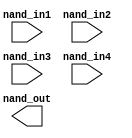
// SPDX-License-Identifier: Apache-2.0
// Copyright (C) 2019 Intel Corporation. 
//****************************************************************************************
// (C) 2011 Altera Corporation. .
//
//****************************************************************************************

//------------------------------------------------------------------------
// Description: standard nand4 gate
//
//------------------------------------------------------------------------

module altr_hps_nand4
    (
    input  wire              nand_in1,     // and input 1
    input  wire              nand_in2,     // and input 2
    input  wire              nand_in3,     // and input 3
    input  wire              nand_in4,     // and input 4
    output  wire             nand_out      // and output
     );

`ifdef ALTR_HPS_INTEL_MACROS_OFF
    assign nand_out = ~(nand_in1 & nand_in2 & nand_in3 & nand_in4);
`else

`endif

endmodule // altr_hps_nand2